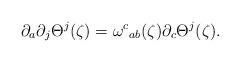
LaTeX: \begin{align*}\partial_a \partial_j \Theta^j(\zeta) = {\omega^c}_{ab}(\zeta) \partial_c \Theta^j(\zeta).\end{align*}